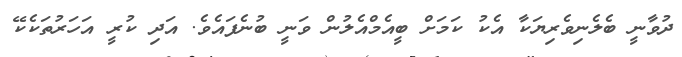
ދުވާނީ ބެލެނިވެރިޔަކާ އެކު ކަމަށް ބީއެމްއެލުން ވަނީ ބުނެފައެވެ. އަދި ކުރީ އަހަރުތަކެކޭ